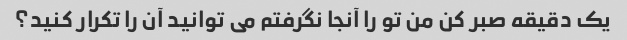
یک دقیقه صبر کن من تو را آنجا نگرفتم می توانید آن را تکرار کنید؟